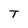
Character: T